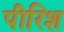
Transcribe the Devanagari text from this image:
पीरिश